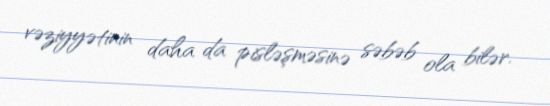
vəziyyətinin daha da pisləşməsinə səbəb ola bilər.